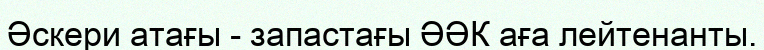
Әскери атағы - запастағы ӘӘК аға лейтенанты.